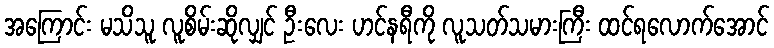
အကြောင်း မသိသူ လူစိမ်းဆိုလျှင် ဦးလေး ဟင်နရီကို လူသတ်သမားကြီး ထင်ရလောက်အောင်